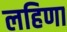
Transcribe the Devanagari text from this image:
लहिणा